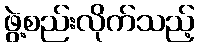
ဖွဲ့စည်းလိုက်သည့်